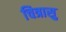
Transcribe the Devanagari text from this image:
चित्रासु